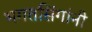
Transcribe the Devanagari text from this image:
भगतसिंगांनी